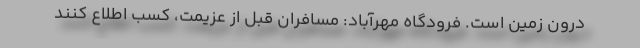
درون زمین است. فرودگاه مهرآباد: مسافران قبل از عزیمت، کسب اطلاع کنند